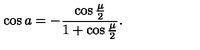
\cos a = - { \frac { \cos { \frac { \mu } { 2 } } } { 1 + \cos { \frac { \mu } { 2 } } } } .